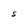
Character: S